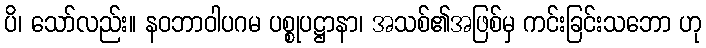
ပိ၊ သော်လည်း။ နဝဘာဝါပဂမ ပစ္စုပဋ္ဌာနာ၊ အသစ်၏အဖြစ်မှ ကင်းခြင်းသဘော ဟု